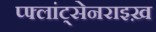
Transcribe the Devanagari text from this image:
प्फ्लांट्सेनराइख़